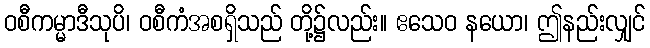
ဝစီကမ္မာဒီသုပိ၊ ဝစီကံအစရှိသည် တို့၌လည်း။ ဧသေဝ နယော၊ ဤနည်းလျှင်